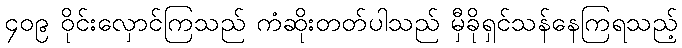
၄၀၉ ဝိုင်းလှောင်ကြသည် ကံဆိုးတတ်ပါသည် မှီခိုရှင်သန်နေကြရသည့်